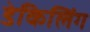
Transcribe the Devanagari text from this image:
डेकिलिंग